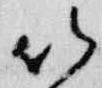
以